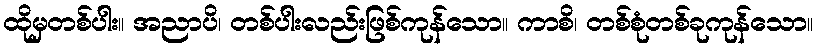
ထိုမှတစ်ပါး။ အညာပိ၊ တစ်ပါးလည်းဖြစ်ကုန်သော။ ကာစိ၊ တစ်စုံတစ်ခုကုန်သော။